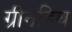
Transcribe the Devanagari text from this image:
ग्रीनहिथ